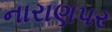
નારાણપર